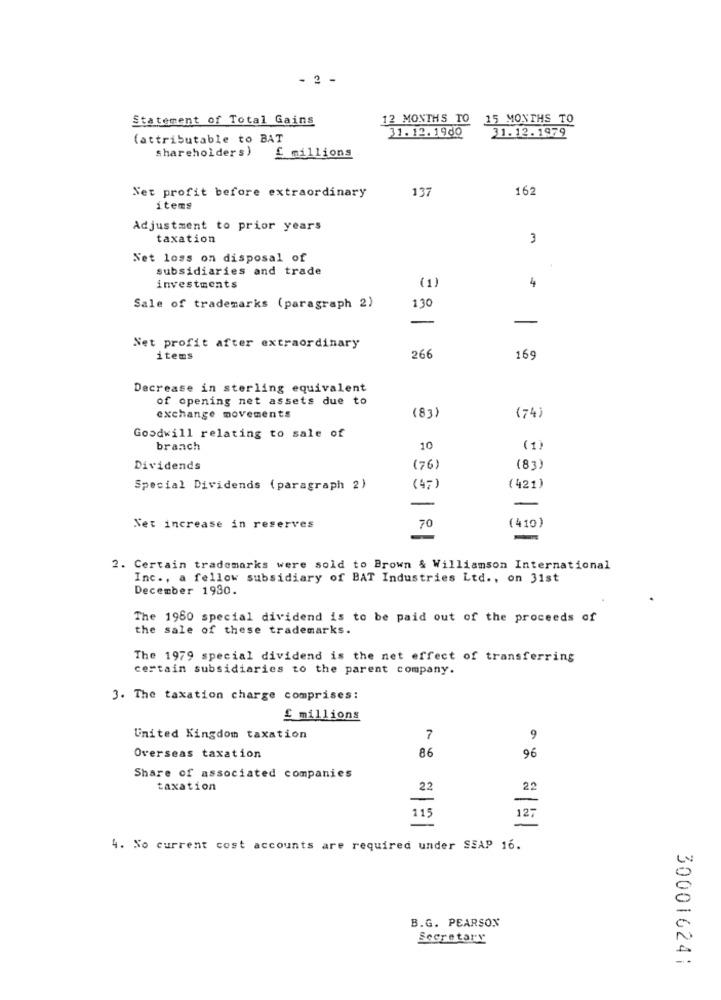
- 2 -
Statement of Total Gains
12 MONTHS TO 15 MONTHS TO
(attributable to BAT
31.12.1960
31.12.1979
shareholders)
£ millions
Net profit before extraordinary
137
162
items
Adjustment to prior years
taxation
3
Net loss on disposal of
subsidiaries and trade
(1)
4
investments
Sale of trademarks (paragraph 2)
130
-
Net profit after extraordinary
items
266
169
Decrease in sterling equivalent
of opening net assets due to
exchange movements
(83)
(74)
Goodwill relating to sale of
branch
10
(1)
Dividends
(76)
(83)
Special Dividends (paragraph 2)
(47)
(421)
-
(410)
Net increase in reserves
70
2. Certain trademarks were sold to Brown & Williamson International
Inc ., a fellow subsidiary of BAT Industries Ltd ., on 31st
December 1930.
The 1960 special dividend is to be paid out of the proceeds of
the sale of these trademarks.
The 1979 special dividend is the net effect of transferring
certain subsidiaries to the parent company.
3. The taxation charge comprises:
£ millions
United Kingdom taxation
7
9
86
Overseas taxation
96
Share of associated companies
taxation
22
22
-
115
127
4. No current cost accounts are required under SSAP 16.
B.G. PEARSON
Secretary
300016241